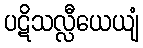
ပဋိသလ္လီယေယျံ